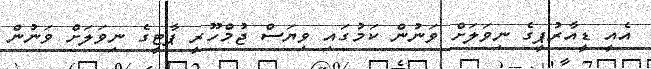
އެއީ ޑީއާރުޕީގެ ނިވަލަށް ވަނުން ކަމުގައި ވިޔަސް ޖުމްހޫރީ ޕާޓީގެ ނިވަލަށް ވަނުން